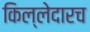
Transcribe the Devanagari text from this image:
किल्लेदारच